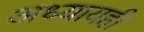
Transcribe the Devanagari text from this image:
अध्यायही